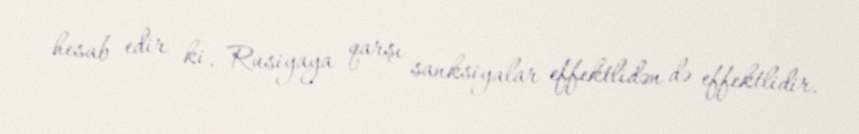
hesab edir ki, Rusiyaya qarşı sanksiyalar effektlidən də effektlidir.